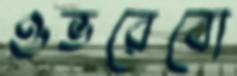
ওভরেবো